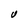
Character: V